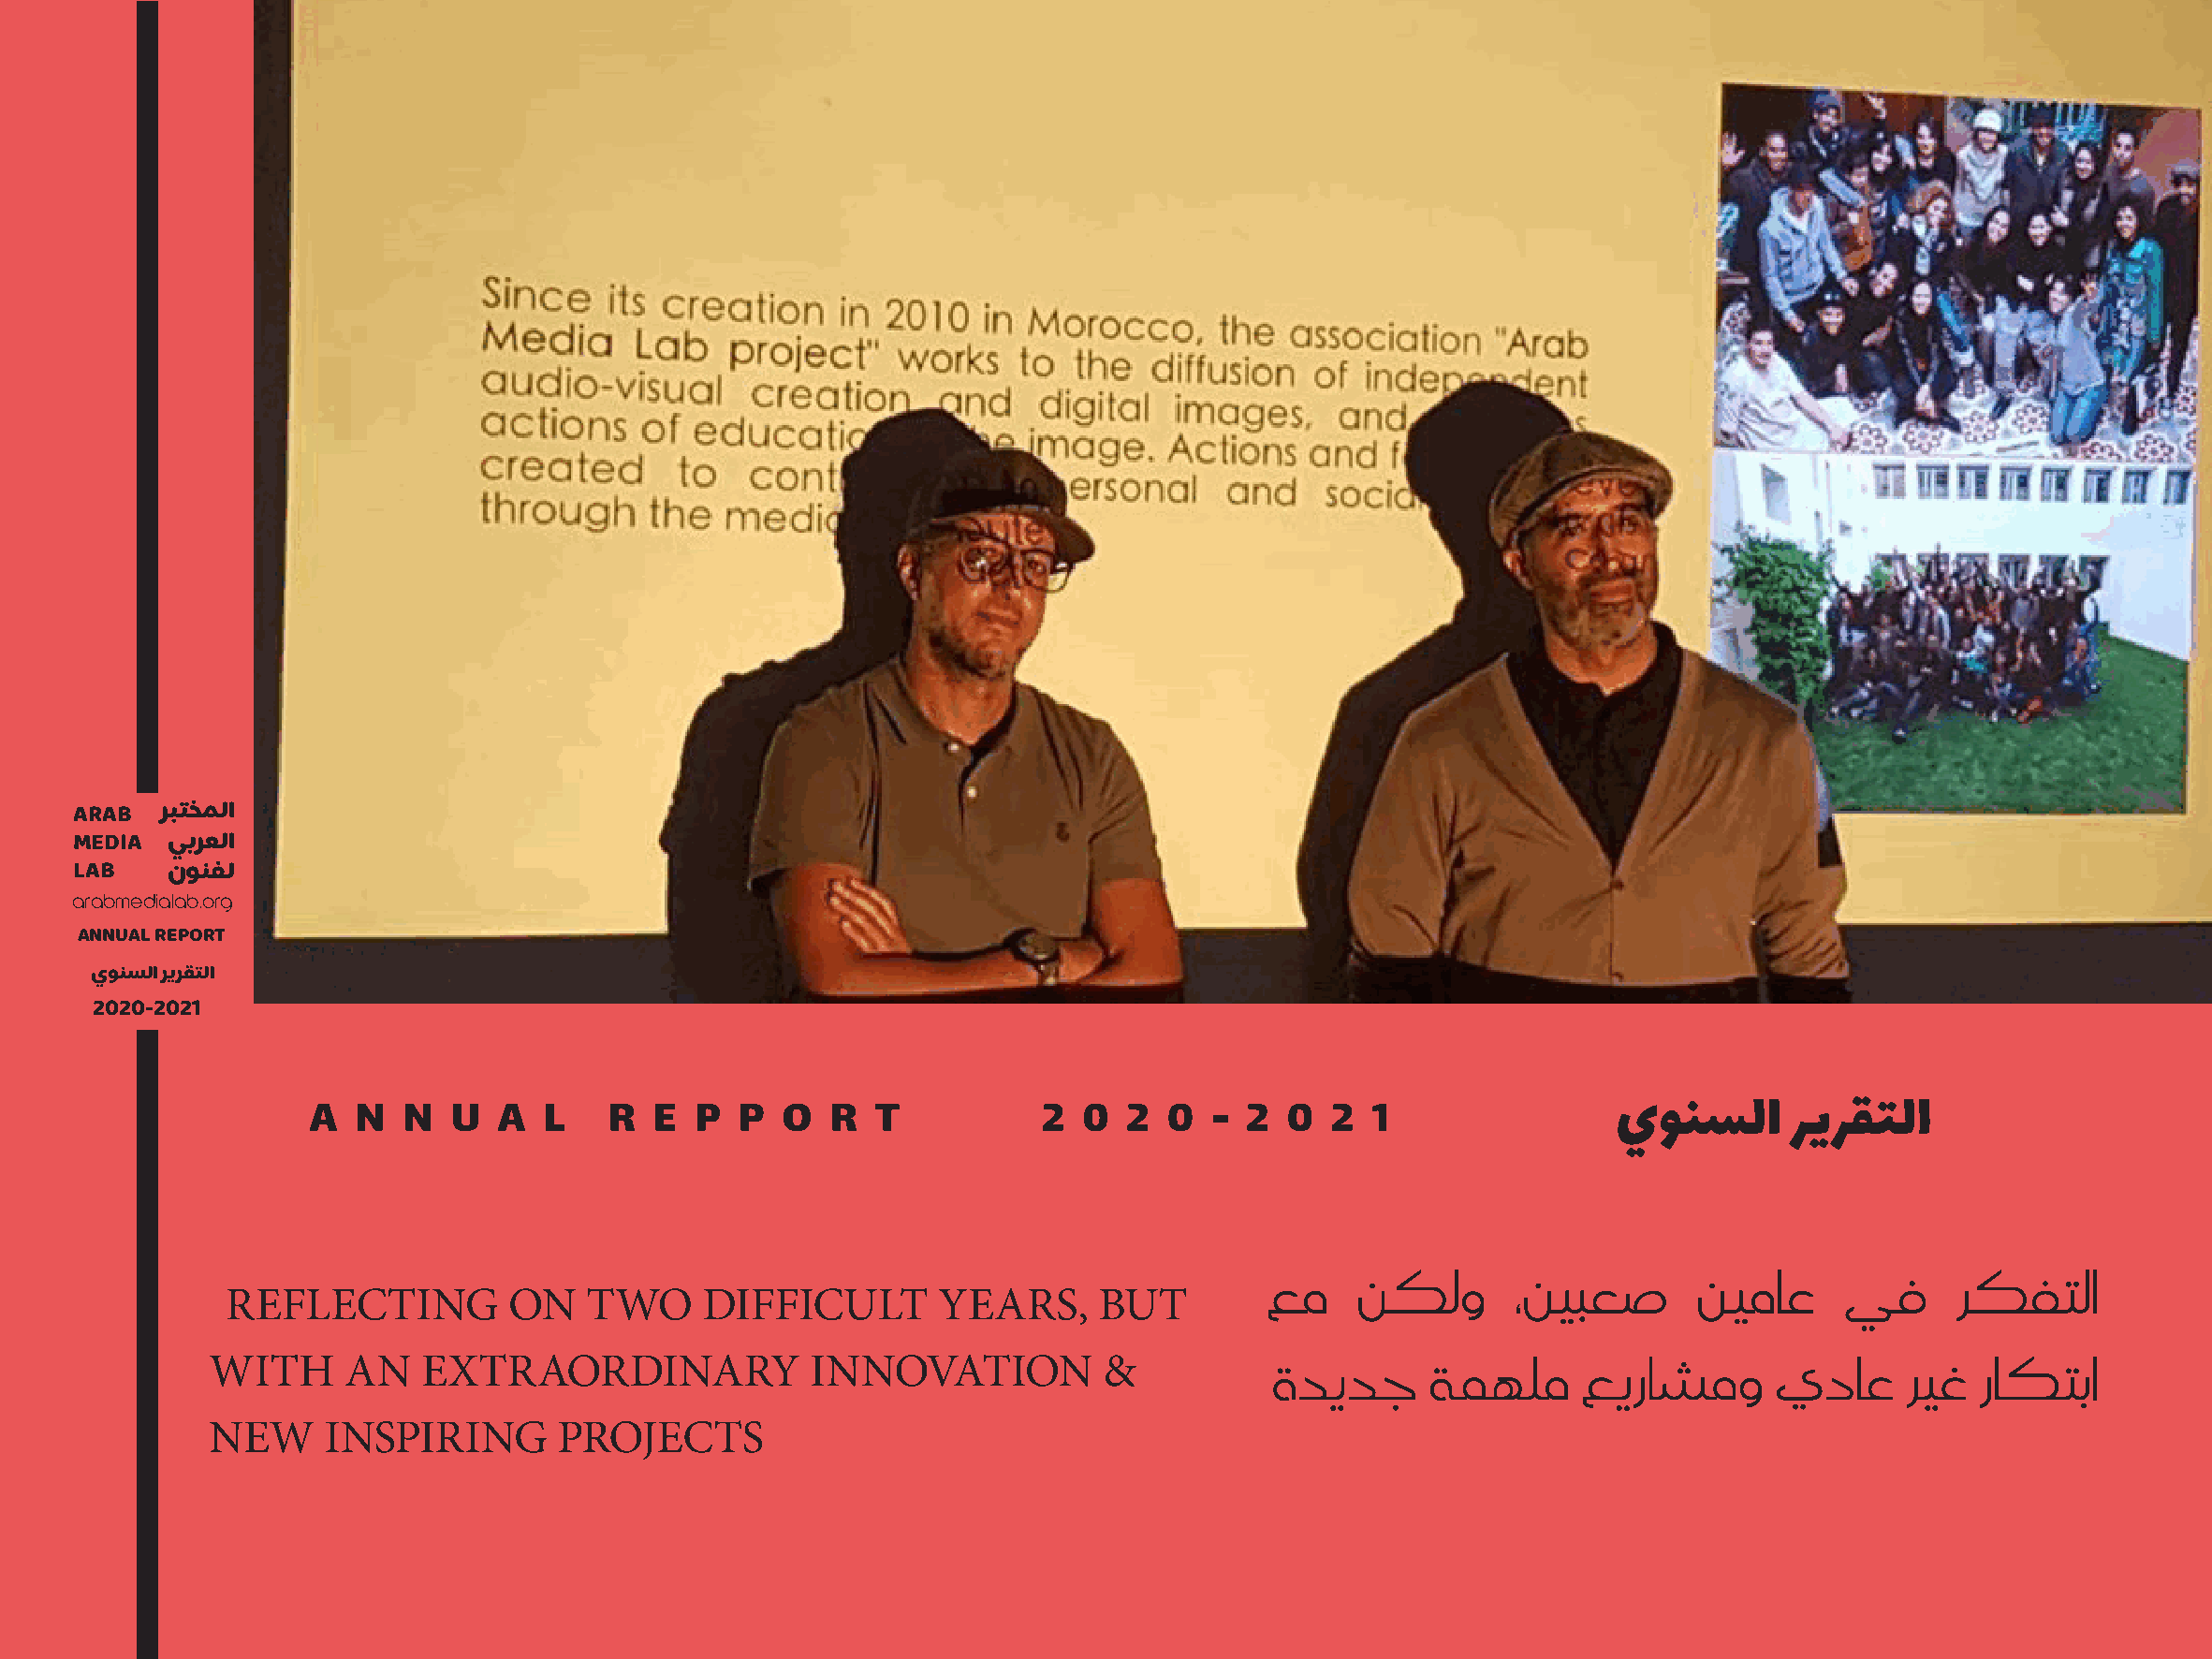
ARAB  ربتخملا
 MEDIA  يبرعلا
 LAB    نونفل
 arabmedialab.org
 ANNUAL REPORT
 يونسلا ريرقتلا
 2020-2021
 A  N  N   U  A  L    R  E  P  P  O   R  T           2  0  2  0  - 2  0  2  1                يونسلا       ريرقتلا
 عم    نكلو       ،نيبعص       نيماع     يف      ركفتلا
 REFLECTING          ON   TWO      DIFFICULT       YEARS,      BUT
 ةديدج      ةمهلم      عيراشمو      يداع      ريغ  راكتبا
 WITH     AN    EXTRAORDINARY              INNOVATION           &
 NEW     INSPIRING       PROJECTS